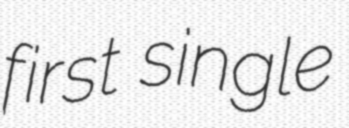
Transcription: first single